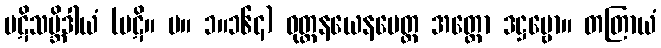
ပဋိသမ္ဘိဒါယံ (ပဋိ။ မ။ ၁။၁၆၄) ဝုတ္တနယေနပေတ္ထ အတ္ထော ဒဋ္ဌဗ္ဗော။ တတြာယံ